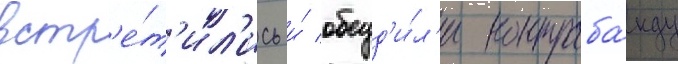
встр'е́т'ил'ись и́ обсуд'и́л'и контраба́нду